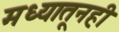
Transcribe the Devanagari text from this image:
मध्यातूनही